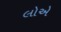
લોએ